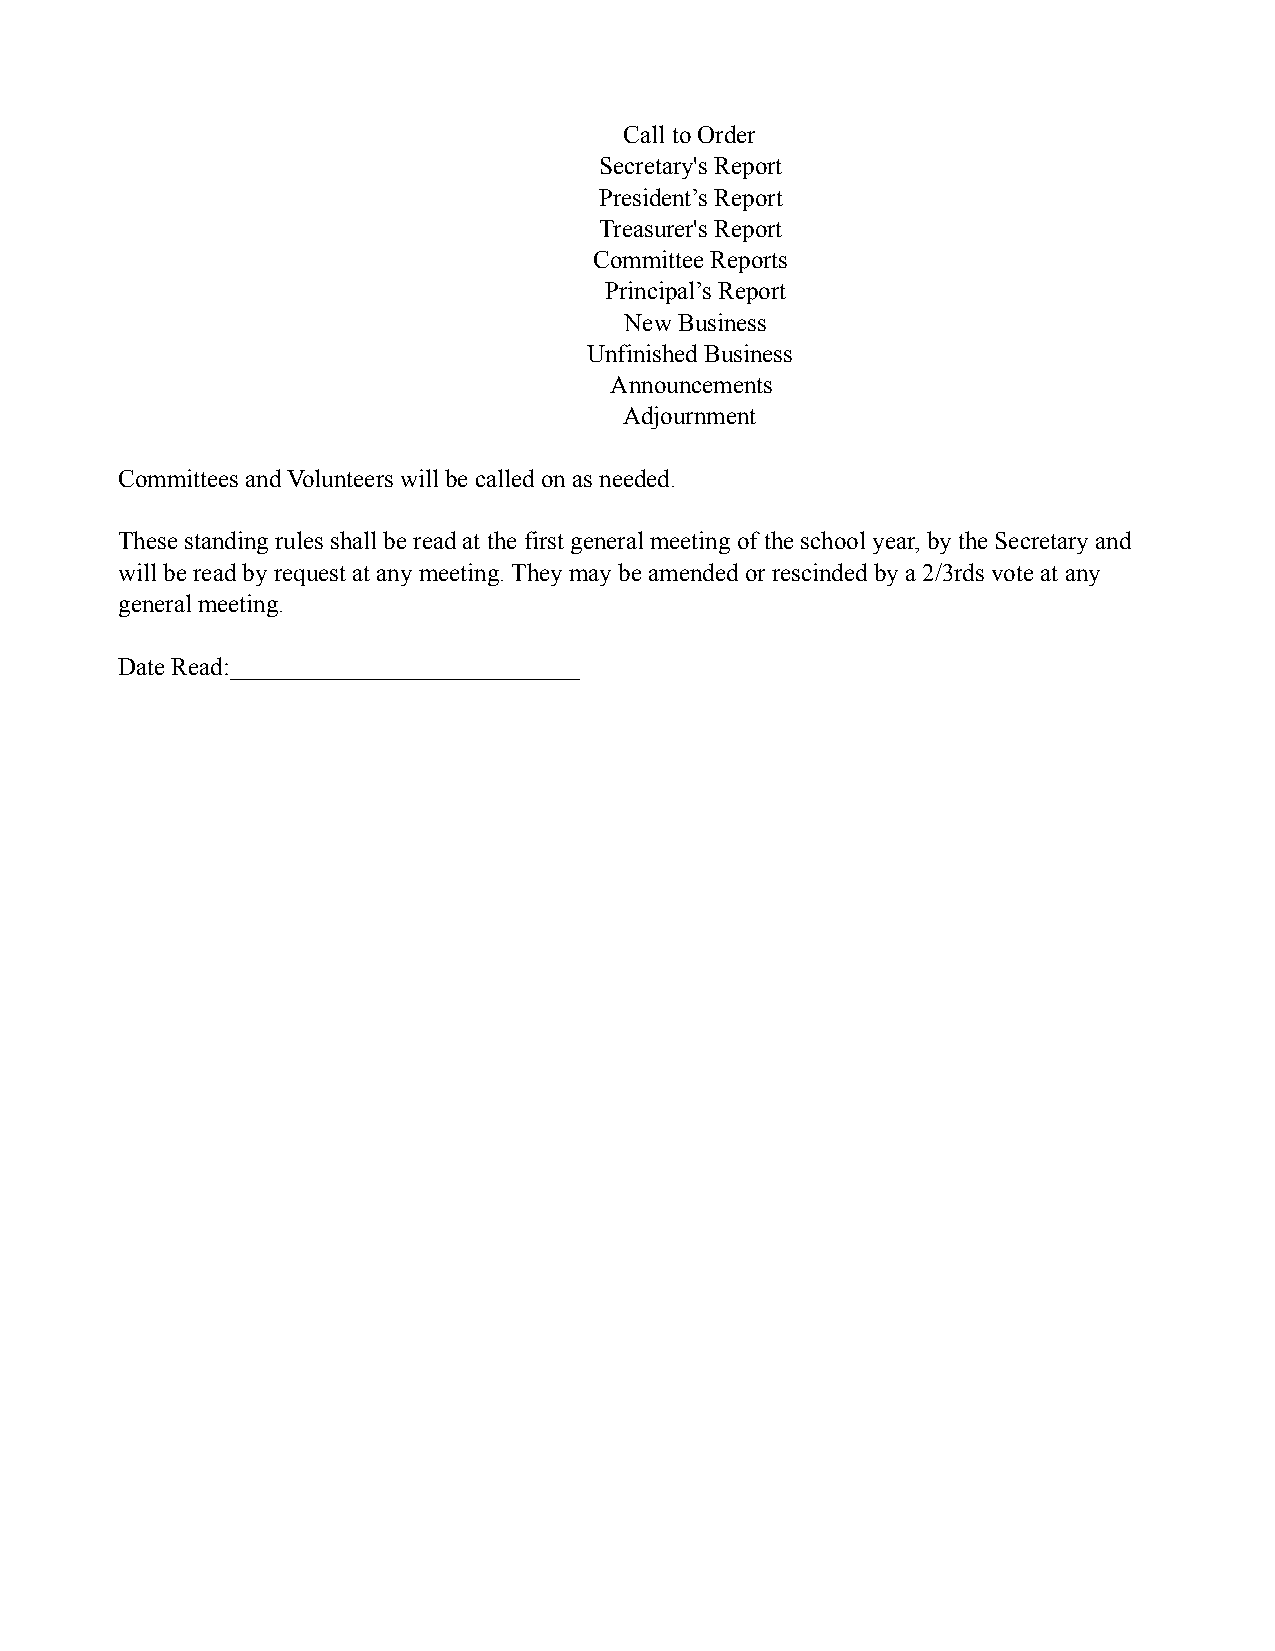
Call to Order
 Secretary's Report
 President’s Report
 Treasurer's Report
 Committee Reports
 Principal’s Report
 New Business
 Unfinished Business
 Announcements
 Adjournment
 Committees and Volunteers will be called on as needed.
 These standing rules shall be read at the first general meeting of the school year, by the Secretary and
 will be read by request at any meeting. They may be amended or rescinded by a 2/3rds vote at any
 general meeting.
 Date Read:____________________________